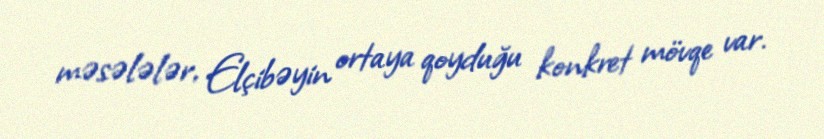
məsələlər, Elçibəyin ortaya qoyduğu konkret mövqe var.